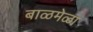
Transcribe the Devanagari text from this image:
बाळमेळा